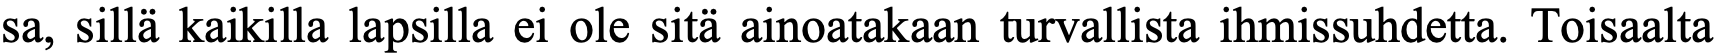
sa, sillä kaikilla lapsilla ei ole sitä ainoatakaan turvallista ihmissuhdetta. Toisaalta